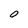
Character: O